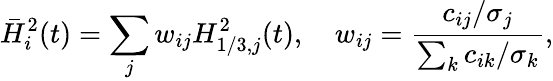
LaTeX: \bar{H}_{i}^{2}(t)=\sum_{j}w_{ij}H_{1/3,j}^{2}(t),\quad w_{ij}=\frac{c_{ij}/\sigma_{j}}{\sum_{k}c_{ik}/\sigma_{k}},